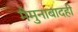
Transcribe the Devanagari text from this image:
मैमुनाबादही